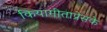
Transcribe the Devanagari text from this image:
कियागीताप्रेसके